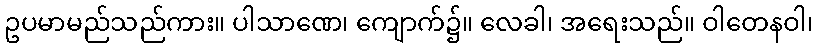
ဥပမာမည်သည်ကား။ ပါသာဏေ၊ ကျောက်၌။ လေခါ၊ အရေးသည်။ ဝါတေနဝါ၊